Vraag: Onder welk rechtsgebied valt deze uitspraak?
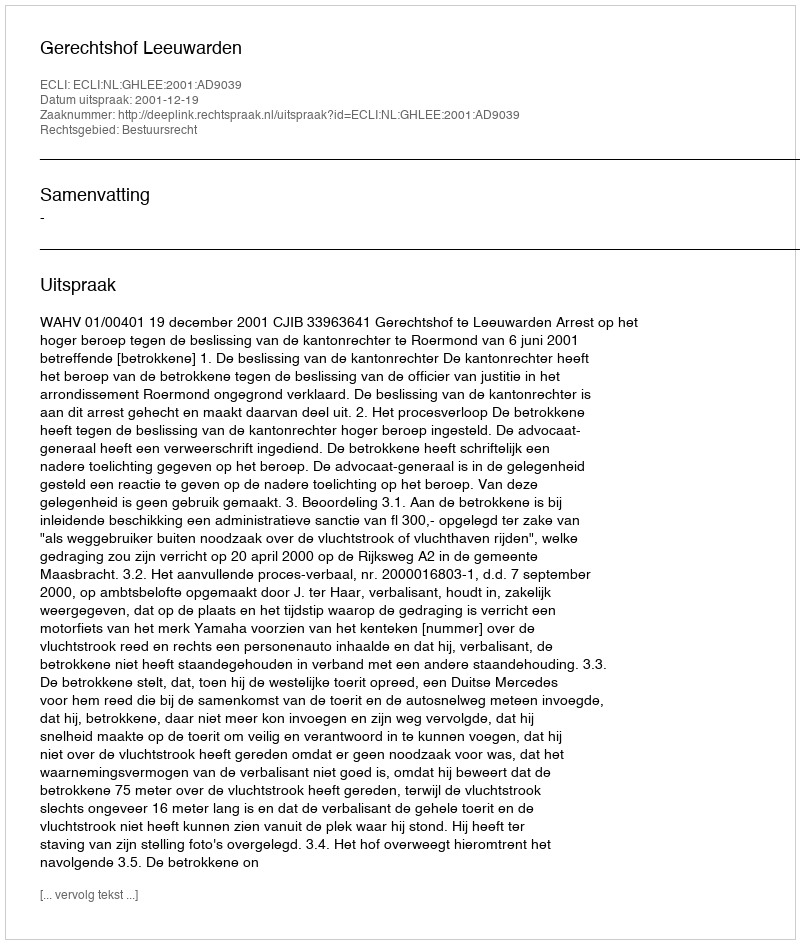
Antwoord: Bestuursrecht